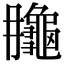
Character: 𪚮